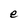
Character: e